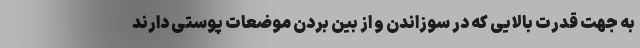
به جهت قدرت بالایی که در سوزاندن و از بین بردن موضعات پوستی دارند